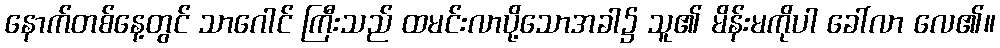
နောက်တစ်နေ့တွင် သာဂေါင် ကြီးသည် ထမင်းလာပို့သောအခါ၌ သူ၏ မိန်းမကိုပါ ခေါ်လာ လေ၏။